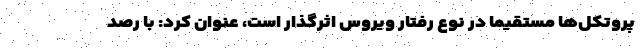
پروتکل‌ها مستقیما در نوع رفتار ویروس اثرگذار است، عنوان کرد: با رصد